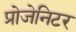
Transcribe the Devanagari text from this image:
प्रोजेनिटर